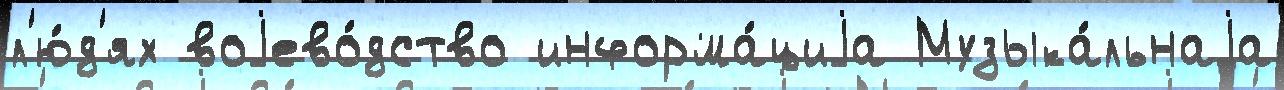
л'ю́д'ях воjево́дство информа́циjа Музыка́льнаjа